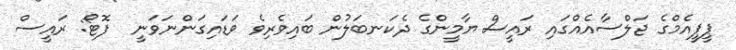
ޕީޕީއެމްގެ ޖަލްސާއެއްގައި ރައީސް ޔާމީންގެ ދެކަނބަލުން ބައިވެރިވެ ވަޑައިގަންނަވަނީ  ފޮޓޯ: ރައީސް